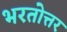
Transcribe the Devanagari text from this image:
भरतोत्तर